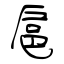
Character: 扈